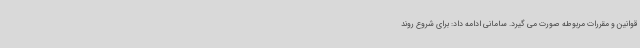
قوانین و مقررات مربوطه صورت می گیرد. سامانی ادامه داد: برای شروع روند